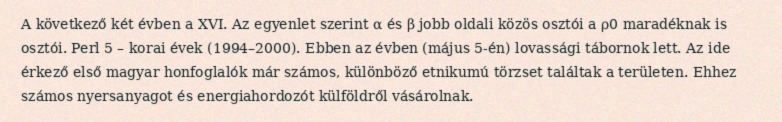
A következő két évben a XVI. Az egyenlet szerint α és β jobb oldali közös osztói a ρ0 maradéknak is osztói. Perl 5 – korai évek (1994–2000). Ebben az évben (május 5-én) lovassági tábornok lett. Az ide érkező első magyar honfoglalók már számos, különböző etnikumú törzset találtak a területen. Ehhez számos nyersanyagot és energiahordozót külföldről vásárolnak.